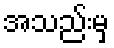
အသည်းမှ